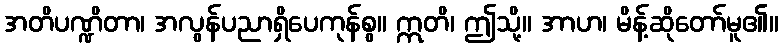
အတိပဏ္ဍိတာ၊ အလွန်ပညာရှိပေကုန်စွ။ ဣတိ၊ ဤသို့။ အာဟ၊ မိန့်ဆိုတော်မူ၏။